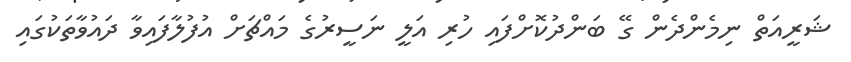
ޝަރީއަތް ނިމެންދެން ގޭ ބަންދުކޮށްފައި ހުރި އަލީ ނަސީރުގެ މައްޗަށް އުފުލާފައިވާ ދައުވާތަކުގައި